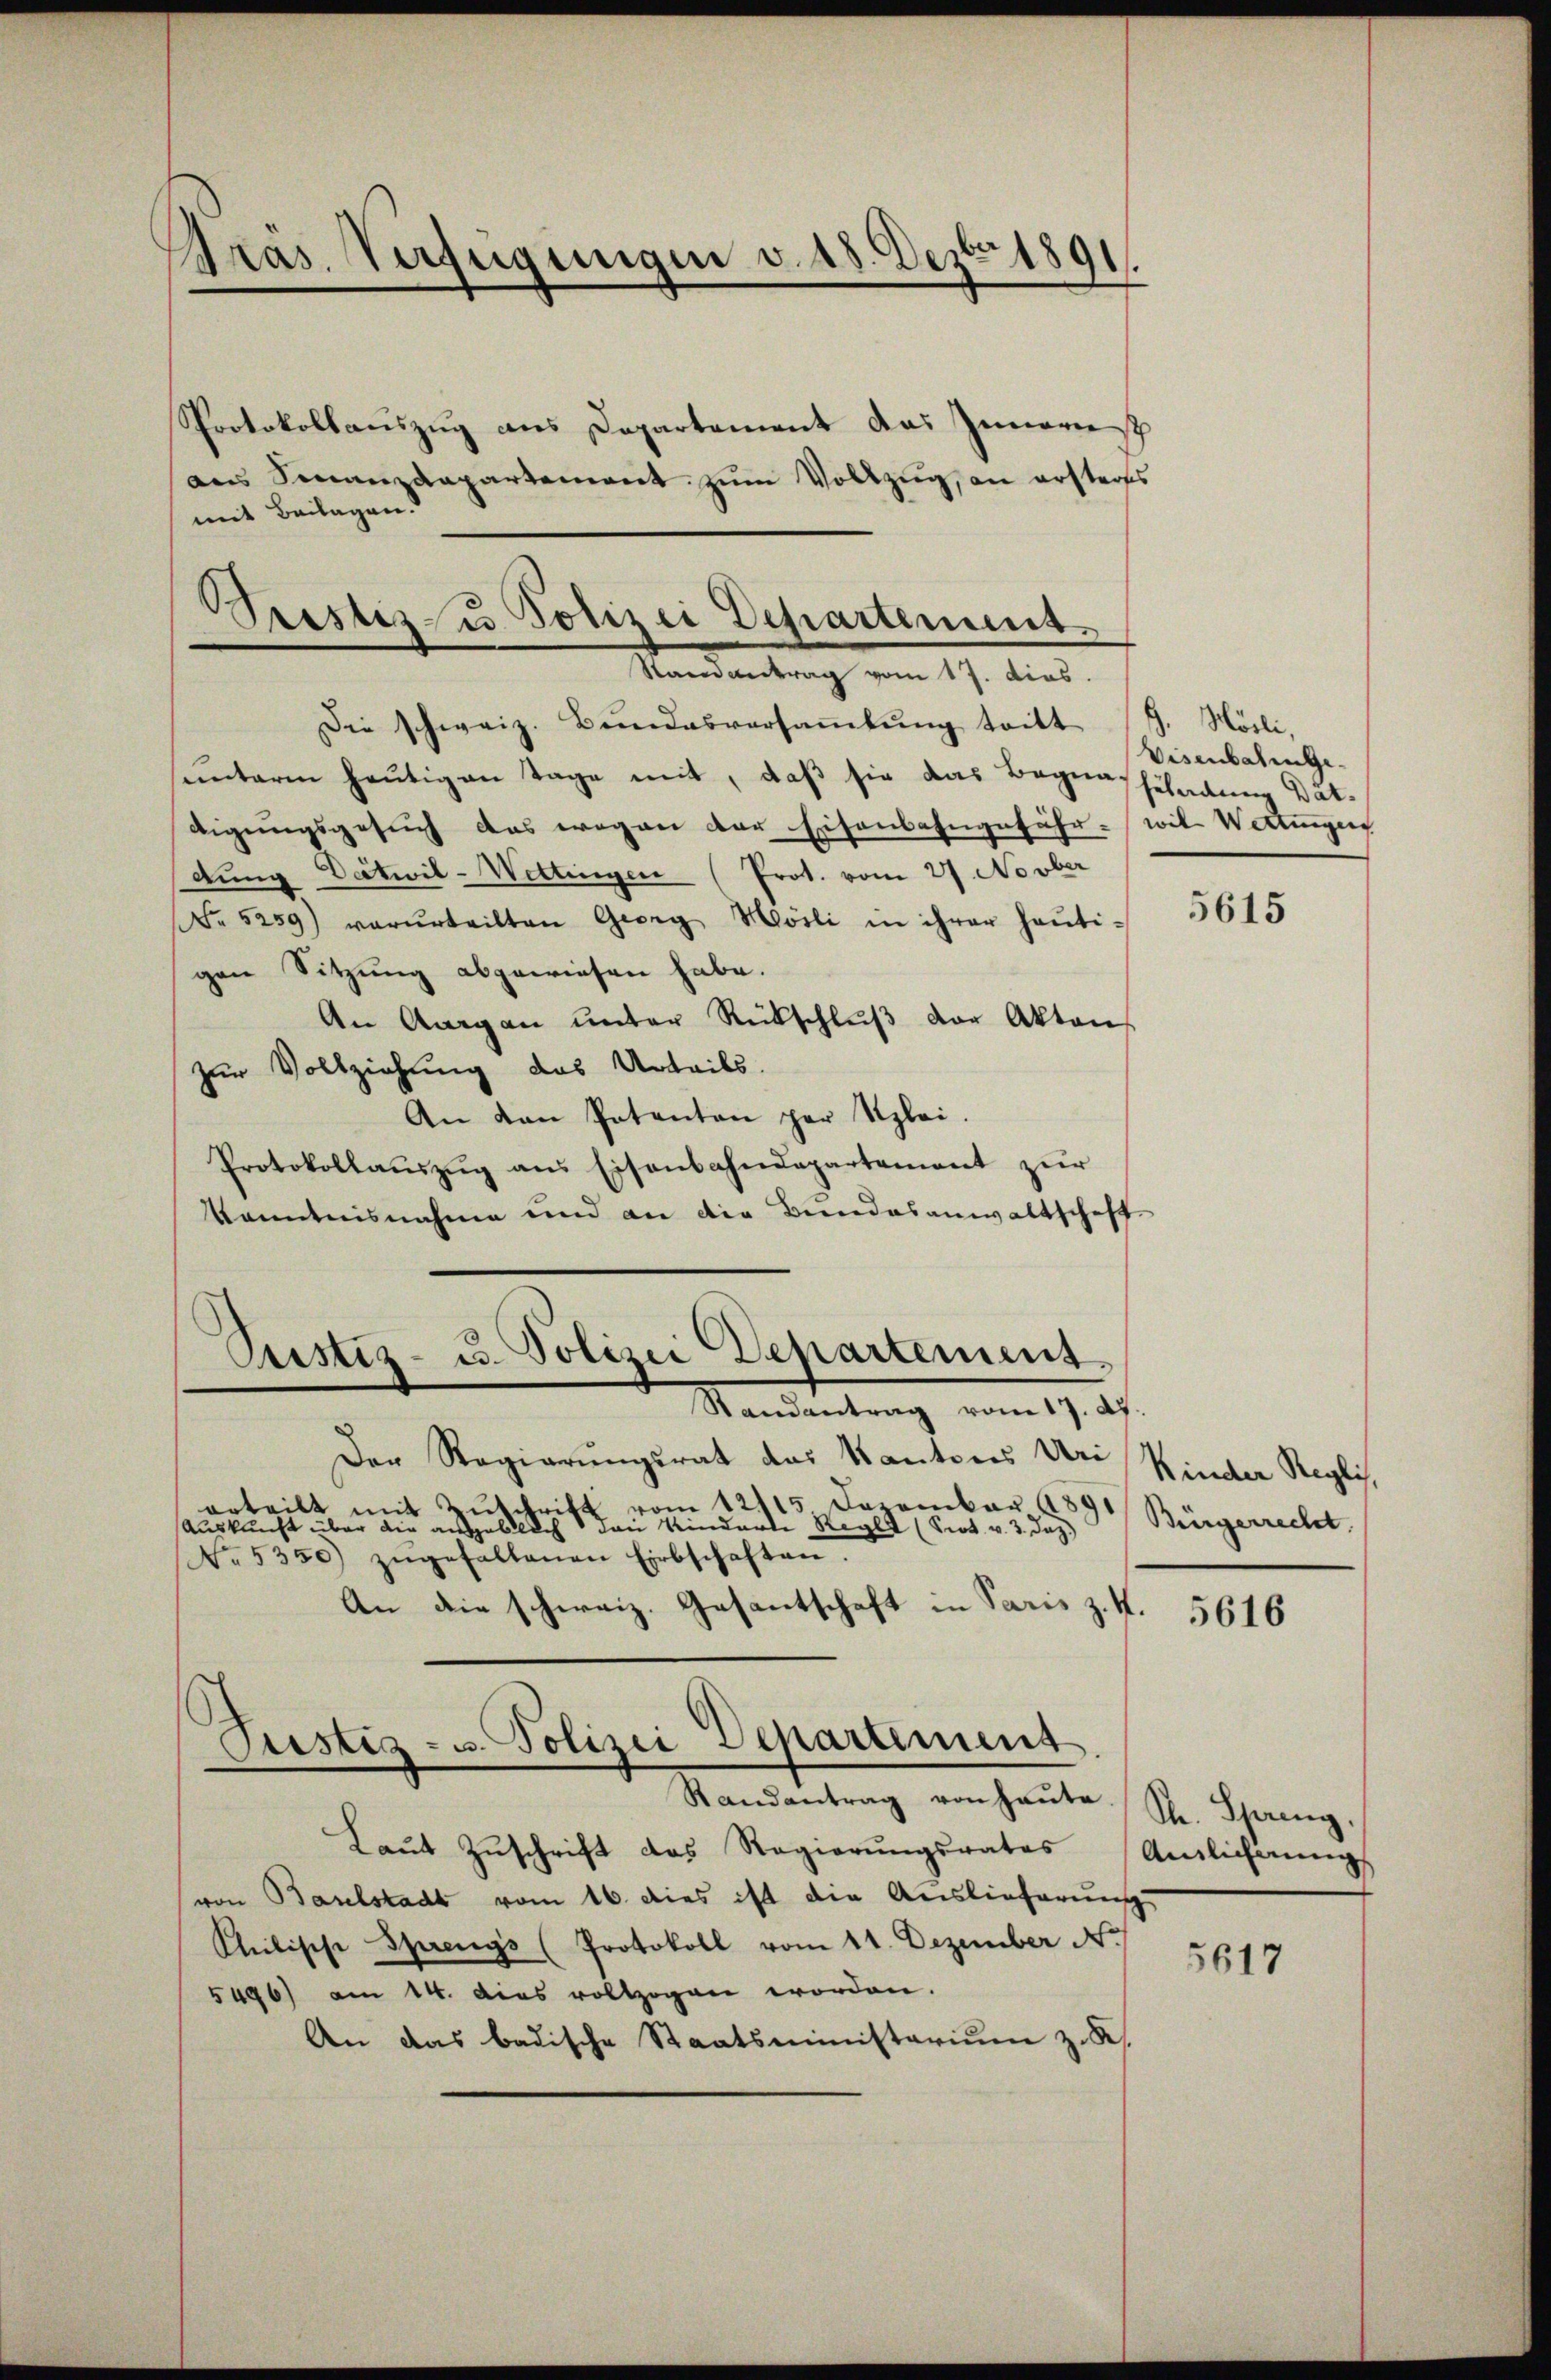
Präs. Verfügungen v. 18. Dez. 1891.

Protokollauszug aus Departement das Zinorisch
ans Finanzdepartement zum Vollzug, an ersters
mit Beilagen.

Prestiz u. Polizei Departement.
Randantrag vom 17. dies

Oustiz- u. Polizei Departement.
Randantrag vom 17. 27.

Die schweiz. Bŭndesversaṁlŭng tritt
unterm heutigen Tage mit, daß sie das Begnaschiladung Dat-
digungsgesuch das wegen der Eisenbahngefähr-
dung Detwil-Wettingen (Prot. vom 27. Novber
No 5259) verurteilten Georg Mösli in ihrer heŭti-
gen Sitzung abgewiesen habe.
An Aargaŭ ŭnter Rückschlŭβ der Akten
zur Vollziehung des Urteils.
An den Patenten par Uzlei.
Protokollauszug aus Eisenbahndepartement zur
Kenntnisnahme und an die Bundesanwaltschaft
Der Regierungsrat das Kantones Uri
vom 12115 Dezember 1891
orteilt mit Zuschrift
Auskunft über die angeblich den Kinderte Regle (Prot. v. 3. Jaz.)
No. 5350) zŭgefallenen Erbschaften.
An die schweiz. Gesantschaft in Paris z. 4
Justiz- u. Polizei Departement
Randantrag von heute.
Laŭt Zŭschrift das Regierungsrates
von Baselstadt vom 16. dies ist die Auslieferung
Chilische Sprenys (Protokoll vom 11. Dezember N.
5496) am 14. dies vollzogen worden.
An das badische Staatsministerium z. R.

. Mörli,
Visenbachen Gewil Wertungen

5615

Kinder Regli
Bürgerrecht

5616

Str. Spreng,
Anlichung

5617